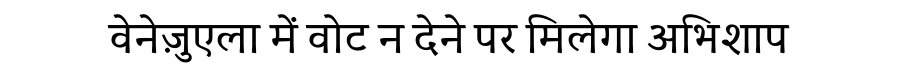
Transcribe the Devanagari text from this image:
वेनेज़ुएला में वोट न देने पर मिलेगा अभिशाप